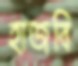
হাজবি